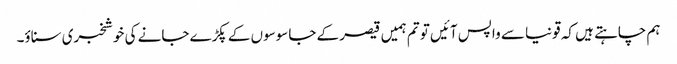
ہم چاہتے ہیں کہ قونیا سے واپس آئیں تو تم ہمیں قیصر کے جاسوسوں کے پکڑے جانے کی خوشخبری سناؤ۔